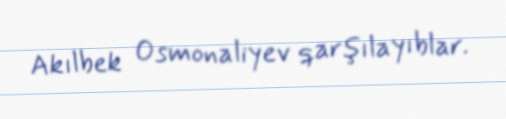
Akılbek Osmonaliyev qarşılayıblar.